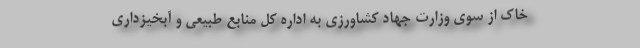
خاک از سوی وزارت جهاد کشاورزی به اداره کل منابع طبیعی و آبخیزداری